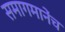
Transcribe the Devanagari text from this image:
समागमानेंच